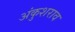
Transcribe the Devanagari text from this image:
अंकुशराव